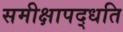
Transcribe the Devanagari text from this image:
समीक्षापद्धति